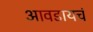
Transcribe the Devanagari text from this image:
आवडायचं